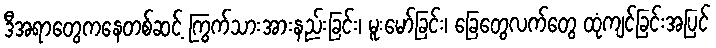
ဒီအရာတွေကနေတစ်ဆင့် ကြွက်သားအားနည်းခြင်း၊ မူးမော်ခြင်း၊ ခြေတွေလက်တွေ ထုံကျင်ခြင်းအပြင်